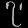
Digit: ၇